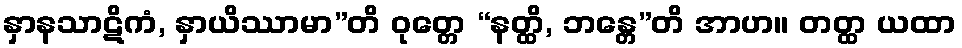
နှာနသာဋိကံ, နှာယိဿာမာ”တိ ဝုတ္တေ “နတ္ထိ, ဘန္တေ”တိ အာဟ။ တတ္ထ ယထာ